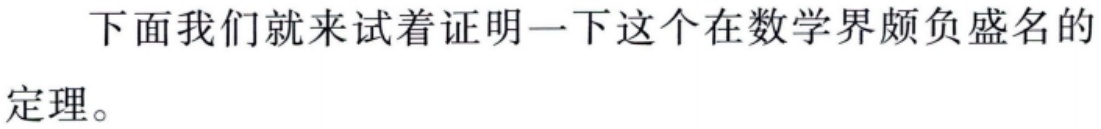
下面我们就来试着证明一下这个在数学界颇负盛名的
定理。